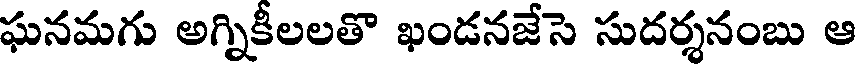
ఘనమగు అగ్నికీలలతొ ఖండనజేసె సుదర్శనంబు ఆ